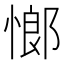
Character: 𮲈